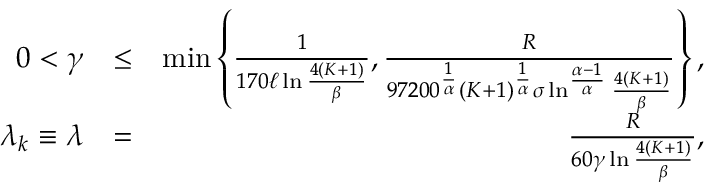
\begin{array} { r l r } { 0 < \gamma } & { \leq } & { \operatorname* { m i n } \left\{ \frac { 1 } { 1 7 0 \ell \ln \frac { 4 ( K + 1 ) } { \beta } } , \frac { R } { 9 7 2 0 0 ^ { \frac { 1 } { \alpha } } ( K + 1 ) ^ { \frac { 1 } { \alpha } } \sigma \ln ^ { \frac { \alpha - 1 } { \alpha } } \frac { 4 ( K + 1 ) } { \beta } } \right\} , } \\ { \lambda _ { k } \equiv \lambda } & { = } & { \frac { R } { 6 0 \gamma \ln \frac { 4 ( K + 1 ) } { \beta } } , } \end{array}